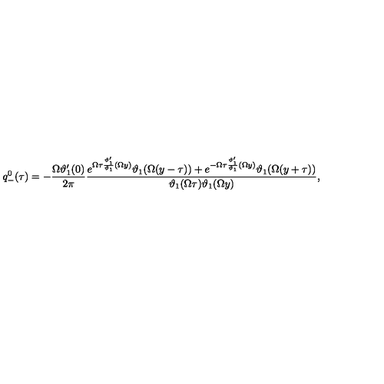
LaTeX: q _ { - } ^ { 0 } ( \tau ) = - \frac { \Omega \vartheta _ { 1 } ^ { \prime } ( 0 ) } { 2 \pi } \frac { e ^ { \Omega \tau \frac { \vartheta _ { 1 } ^ { \prime } } { \vartheta _ { 1 } } ( \Omega y ) } \vartheta _ { 1 } ( \Omega ( y - \tau ) ) + e ^ { - \Omega \tau \frac { \vartheta _ { 1 } ^ { \prime } } { \vartheta _ { 1 } } ( \Omega y ) } \vartheta _ { 1 } ( \Omega ( y + \tau ) ) } { \vartheta _ { 1 } ( \Omega \tau ) \vartheta _ { 1 } ( \Omega y ) } ,